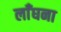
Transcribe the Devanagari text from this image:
लाँघना